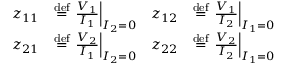
{ \begin{array} { r l r l } { z _ { 1 1 } } & { \mathrel { \stackrel { \mathrm { d e f } } { = } } \left. { \frac { V _ { 1 } } { I _ { 1 } } } \right| _ { I _ { 2 } = 0 } } & { z _ { 1 2 } } & { \mathrel { \stackrel { \mathrm { d e f } } { = } } \left. { \frac { V _ { 1 } } { I _ { 2 } } } \right| _ { I _ { 1 } = 0 } } \\ { z _ { 2 1 } } & { \mathrel { \stackrel { \mathrm { d e f } } { = } } \left. { \frac { V _ { 2 } } { I _ { 1 } } } \right| _ { I _ { 2 } = 0 } } & { z _ { 2 2 } } & { \mathrel { \stackrel { \mathrm { d e f } } { = } } \left. { \frac { V _ { 2 } } { I _ { 2 } } } \right| _ { I _ { 1 } = 0 } } \end{array} }